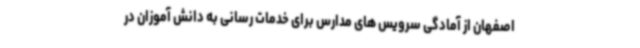
اصفهان از آمادگی سرویس های مدارس برای خدمات رسانی به دانش آموزان در